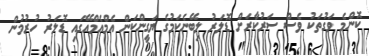
ކޮންމެ ވަގުތަކު ވެސް ސަރުކާރަށް ޑޮލަރު ލިބޭނެކަމުގެ ޔަގީންކަން އެމްއެމްއޭގައި ޑޮލަރު ހުރުމުން